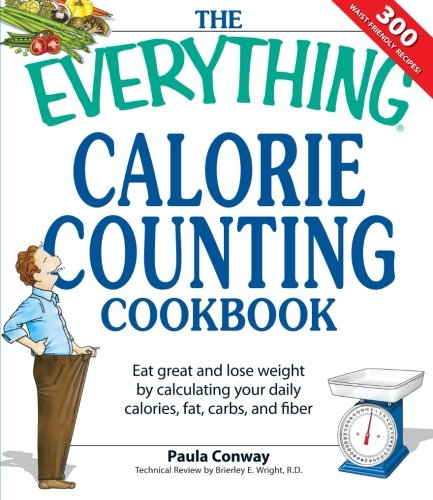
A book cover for The Everything Calorie Counting Cookbook: Calculate your daily caloric intake--and fat, carbs, and daily fiber--with these 300 delicious recipes; Paula Conway; Health, Fitness & Dieting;